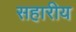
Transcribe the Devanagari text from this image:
सहारीय